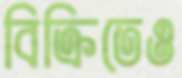
বিক্রিতেও